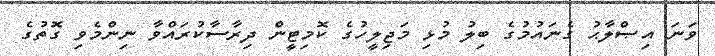
ވަނަ އިޞްލާޙު ގެނައުމުގެ ބިލު މުޅި މަޖިލީހުގެ ކޮމިޓީން ދިރާސާކުރައްވާ ނިންމެވި ގޮތުގެ